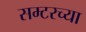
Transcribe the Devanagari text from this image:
सम्टरच्या